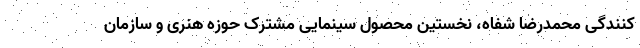
کنندگی محمدرضا شفاه، نخستین محصول سینمایی مشترک حوزه هنری و سازمان